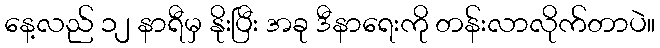
နေ့လည် ၁၂ နာရီမှ နိုးပြီး အခု ဒီနာရေးကို တန်းလာလိုက်တာပဲ။